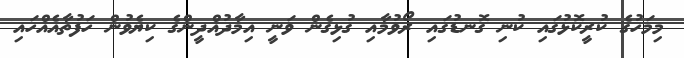
މިމަހުގެ ކުރީކޮޅުގައި ކުނި ގޮނޑުގައި ރޯވުމާއި ގުޅިގެން ވަނީ އިމާދުއްދީންގެ ކިޔެވުން ހަފުތާއެއްހައި